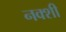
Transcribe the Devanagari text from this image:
नक्शी